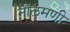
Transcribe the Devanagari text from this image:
नीलमणी